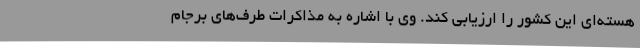
هسته‌ای این کشور را ارزیابی کند. وی با اشاره به مذاکرات طرف‌های برجام